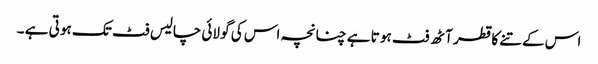
اس کے تنے کا قطر آٹھ فٹ ہو تا ہے چنانچہ اس کی گو لائی چالیس فٹ تک ہو تی ہے ۔